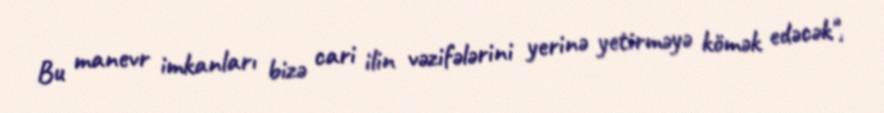
Bu manevr imkanları bizə cari ilin vəzifələrini yerinə yetirməyə kömək edəcək",